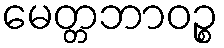
မေတ္တဘာဝဉ္စ